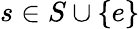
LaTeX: s\in S\cup\{ e\}